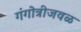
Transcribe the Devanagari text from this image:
गंगोत्रीजवळ